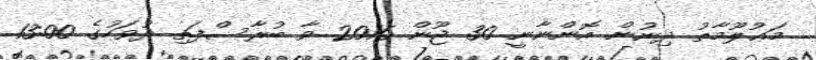
މަޢުލޫމާތު ދިނުން އޮންނާނީ 30 ޖޫން 2016 ވާ ބުރާސްފަތި ދުވަހުގެ 13:00